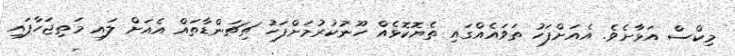
މިކްސް އަޅާށެވެ. އެއަށްފަހު ތަވައެއްގައި ތެޔޮކޮޅެއް ހޫނުކުރުމަށްފަހު ޗިޗަންޑާތައް އެއަށް ލައި މަތިޖަހާފައި